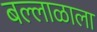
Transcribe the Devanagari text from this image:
बल्लाळाला